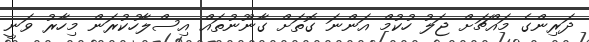
ދަރިންގެ މައްޗަށް ޖަލު ހުކުމް އަންނަ ގޮތަށް ގާނޫނުތައް އިސްލާހުކުރަން މިހާރު ވަނީ